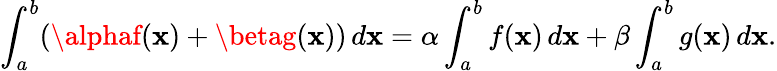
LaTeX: \int_{a}^{b}(\alphaf(\mathbf{x})+\betag(\mathbf{x}))\, d\mathbf{x}=\alpha\int_{a}^{b}f(\mathbf{x})\, d\mathbf{x}+\beta\int_{a}^{b}g(\mathbf{x})\, d\mathbf{x}.